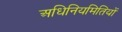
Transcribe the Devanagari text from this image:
अधिनियमितियों